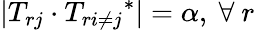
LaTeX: |T_{rj}\cdot{T_{r{i\neq j}}}^{*}|=\alpha,~\forall~r